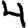
Digit: 4